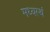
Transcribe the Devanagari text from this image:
मध्यस्थं